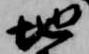
地